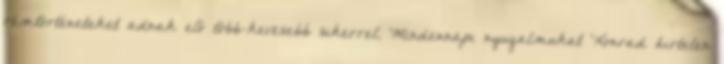
rémtörténeteket adnak elő több-kevesebb sikerrel. Mindennapi nyugalmukat Konrad hirtelen